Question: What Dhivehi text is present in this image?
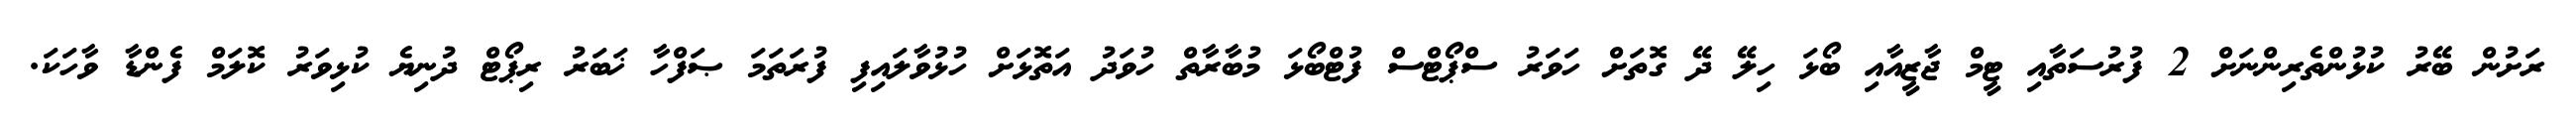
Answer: ރަށުން ބޭރު ކުޅުންތެރިންނަށް 2 ފުރުސަތާއި ޓީމް ޖާޒީއާއި ބޯޅަ ހިލޭ ދޭ ގޮތަށް ހަވަރު ސްޕޯޓްސް ފުޓްބޯޅަ މުބާރާތް ހުވަދު އަތޮޅަށް ހުޅުވާލައިފި ފުރަތަމަ ޞަފްހާ ޚަބަރު ރިޕޯޓް ދުނިޔެ ކުޅިވަރު ކޮލަމް ފެންޑާ ވާހަކަ.